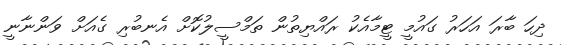
ދިހަ ބާރަ އަހަރު ގައުމީ ޓީމާއެކު ރައްޔިތުން ތަމްސީލުކޮށް އެނބުރި ގެއަށް ވަންނާނީ